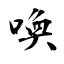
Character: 喚